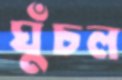
ঘুঁচল